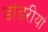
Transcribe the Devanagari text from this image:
डांडरीयां